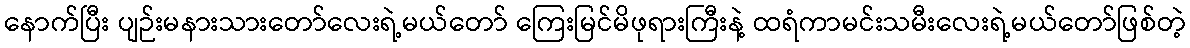
နောက်ပြီး ပျဉ်းမနားသားတော်လေးရဲ့မယ်တော် ကြေးမြင်မိဖုရားကြီးနဲ့ ထရံကာမင်းသမီးလေးရဲ့မယ်တော်ဖြစ်တဲ့